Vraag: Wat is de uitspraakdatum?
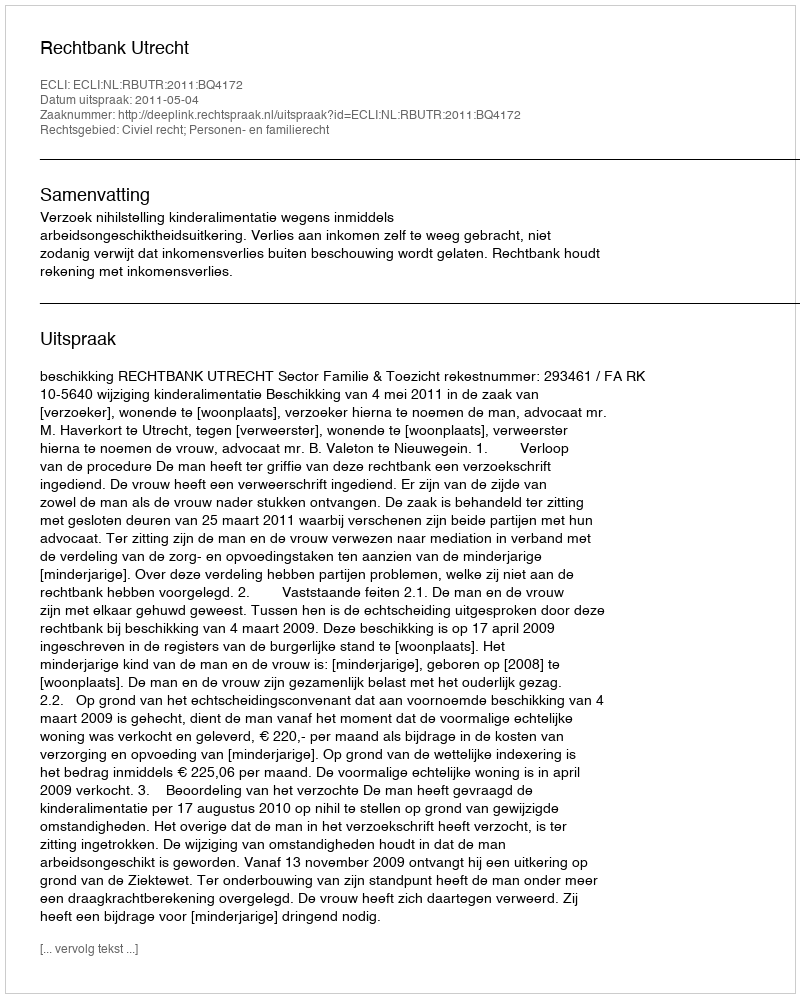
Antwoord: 2011-05-04